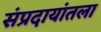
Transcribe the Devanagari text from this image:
संप्रदायांतला